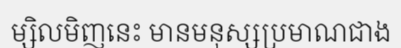
ម្សិលមិញនេះ មានមនុស្សប្រមាណជាង